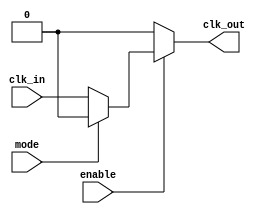
module low_power_clock_buffer (
    input wire clk_in,          // Input clock signal
    input wire enable,          // Enable signal for the buffer
    input wire mode,            // Mode signal: 0 for Normal, 1 for Sleep
    output reg clk_out          // Buffered clock output
);

// Internal signals for buffering
wire clk_buf1, clk_buf2;

// Buffer stages
// Buffer stage 1
assign clk_buf1 = (mode == 1'b0) ? clk_in : 1'b0; // Normal mode passes clk_in, Sleep mode outputs 0

// Buffer stage 2
assign clk_buf2 = (mode == 1'b0) ? clk_buf1 : 1'b0; // Normal mode passes clk_buf1, Sleep mode outputs 0

// Final output stage with enable control
always @(*) begin
    if (enable) begin
        clk_out = clk_buf2; // Output the buffered clock if enabled
    end else begin
        clk_out = 1'b0; // Output 0 if disabled
    end
end

endmodule